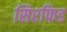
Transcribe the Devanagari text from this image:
सिरफिड